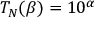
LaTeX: T _ { N } ( \beta ) = 1 0 ^ { \alpha }